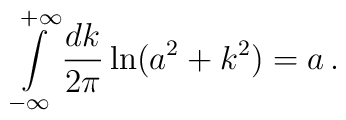
\int\limits_{-\infty}^{+\infty}\frac{dk}{2\pi}\ln (a^2+k^2)=a\,{.}